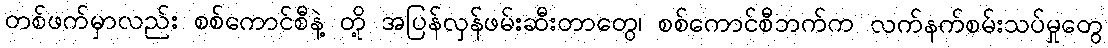
တစ်ဖက်မှာလည်း စစ်ကောင်စီနဲ့ တို့ အပြန်လှန်ဖမ်းဆီးတာတွေ၊ စစ်ကောင်စီဘက်က လက်နက်စမ်းသပ်မှုတွေ